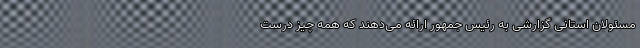
مسئولان استانی گزارشی به رئیس جمهور ارائه می‌دهند که همه چیز درست